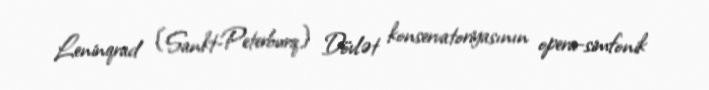
Leninqrad (Sankt-Peterburq) Dövlət konservatoriyasının opera-simfonik